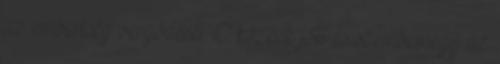
az emberiség vergődését. Ő közénk jött és szembemegy az